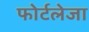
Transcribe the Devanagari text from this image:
फोर्टलेजा